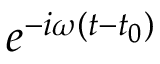
e ^ { - i \omega ( t - t _ { 0 } ) }